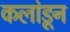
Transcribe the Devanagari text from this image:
कलांडून